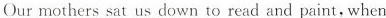
Our mothers sat us down to read and paint, when